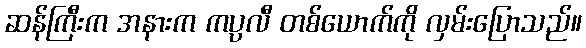
ဆန်ကြီးက အနားက ကပ္ပလီ တစ်ယောက်ကို လှမ်းပြောသည်။